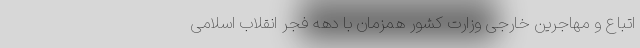
اتباع و مهاجرین خارجی وزارت کشور همزمان با دهه فجر انقلاب اسلامی